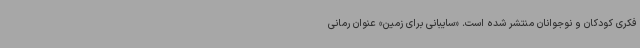
فکری کودکان و نوجوانان منتشر شده است. «سایبانی برای زمین» عنوان رمانی